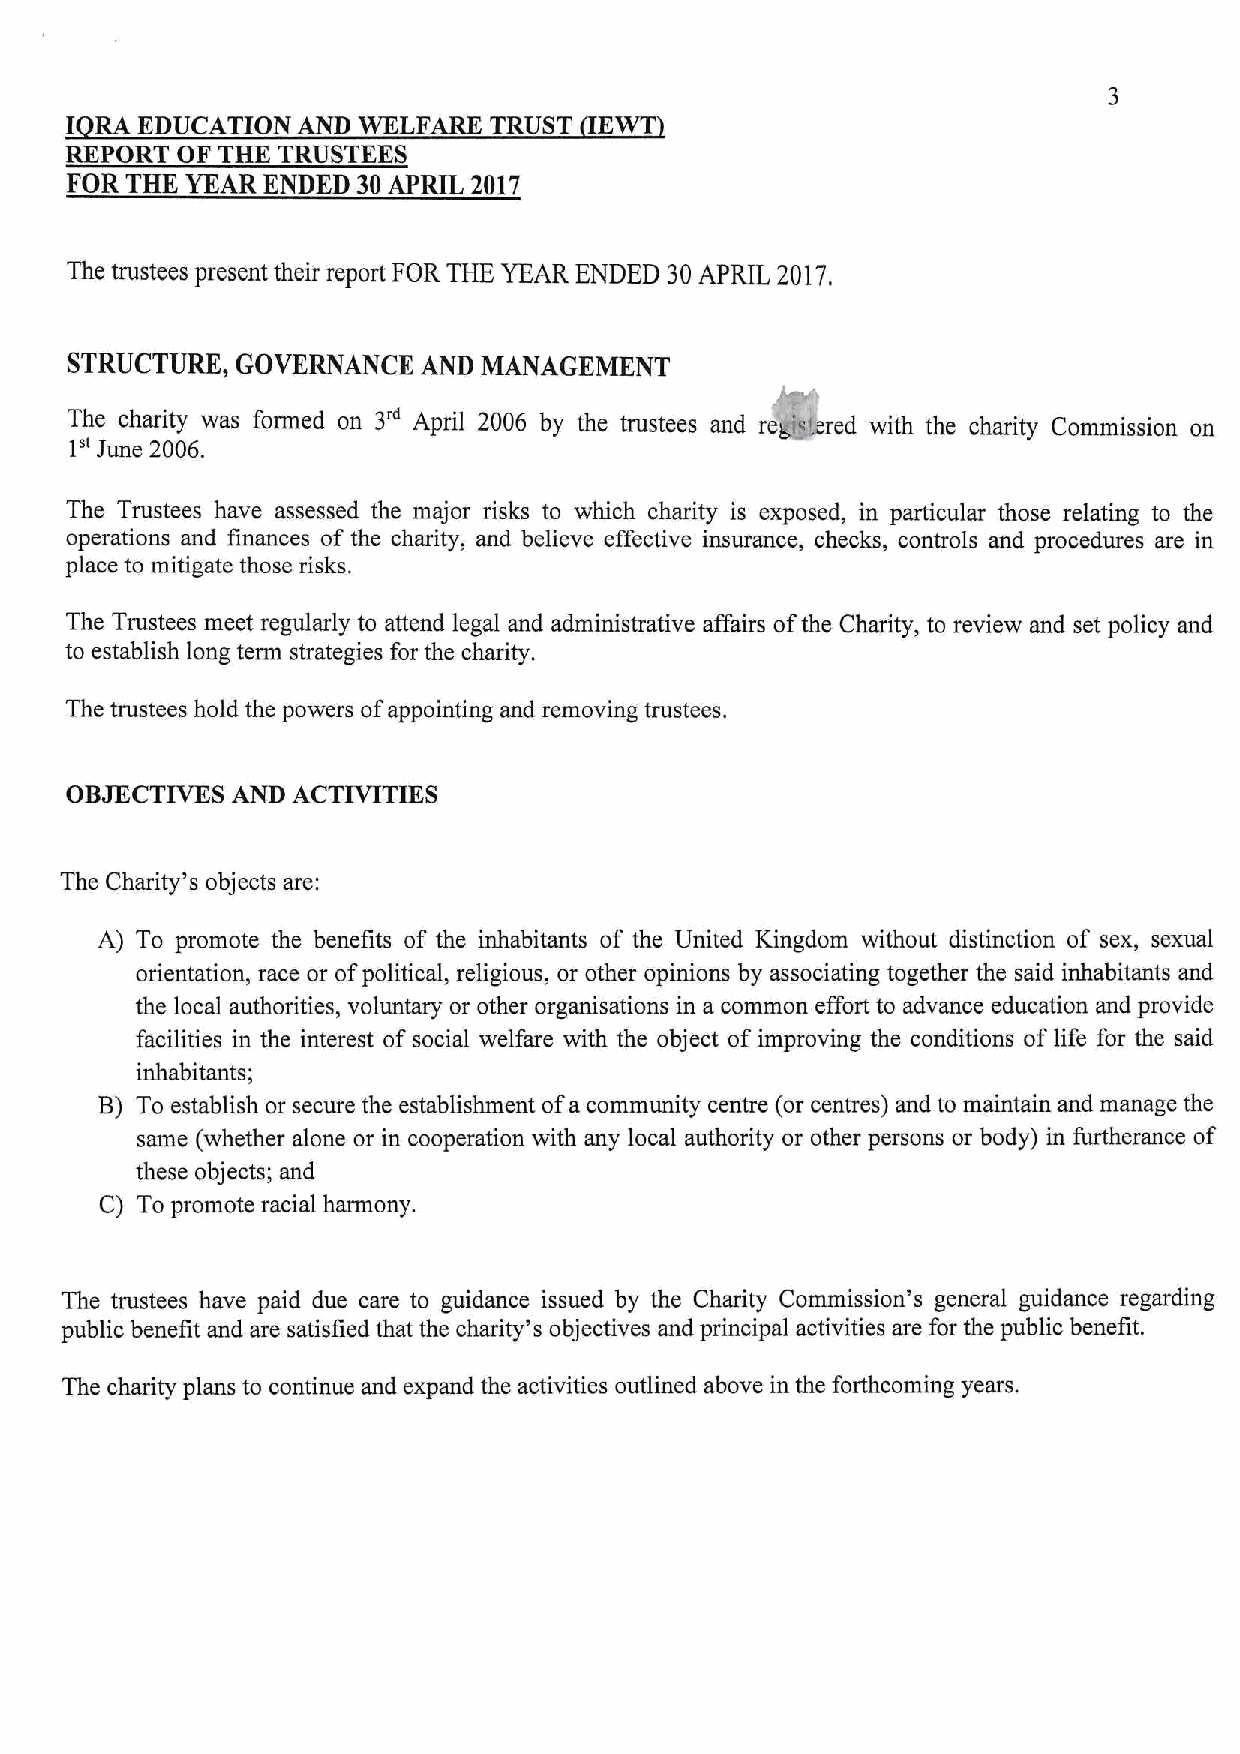
I RA EDUCATION  AND WELFARE TRUST   E
 REPORT  OF THE TRUSTEES
 FOR THE YEAR ENDED  30APRIL 2017
 The trustees present their report FOR THE YEAR ENDED 30APRIL 2017.
 STRUCTURE,  GOVERNANCE  AND MANAGEMENT
 3"
 The charity was formed on April 2006 by the trustees and re red with the charity Commission on
 1"
 June 2006.
 The Trustees have assessed the major risks to which charity is exposed, in particular those relating to the
 operations and finances of the charity, and believe effective insurance, checks, controls and procedures are in
 place to mitigate those risks.
 The Trustees meet regularly to attend legal and administrative affairs ofthe Charity, to review and set policy and
 to establish long term strategies for the charity.
 The trustees hold the powers ofappointing and removing trustees,
 OBJECTIVES AND ACTIVITIES
 The Charity's objects are:
 A) To promote the benefits of the inhabitants of the United Kingdom without distinction of sex, sexual
 orientation, race or ofpolitical, religious, or other opinions by associating together the said inhabitants and
 the local authorities, voluntary or other organisations in a common effort to advance education and provide
 facilities in the interest of social welfare with the object of improving the conditions of life for the said
 inhabitants;
 B) To establish or secure the establishment ofa community centre (or centres) and to maintain and manage the
 same (whether alone or in cooperation with any local authority or other persons or body) in furtherance of
 these objects; and
 C) To promote racial harmony.
 The trustees have paid due care to guidance issued by the Charity Commission's general guidance regarding
 public benefit and are satisfied that the charity's objectives and principal activities are for the public benefit.
 The charity plans to continue and expand the activities outlined above in the forthcoming years.